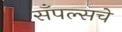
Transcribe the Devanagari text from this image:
सँपल्सचे